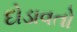
દોડાવતો